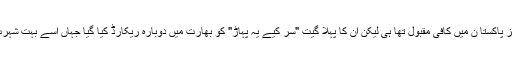
سٹرنگز پاکستا ن میں کافی مقبول تھا ہی لیکن ان کا پہلا گیت "سر کیے یہ پہاڑ" کو بھارت میں دوبارہ ریکارڈ کیا گیا جہاں اسے بہت شہرت ملی۔